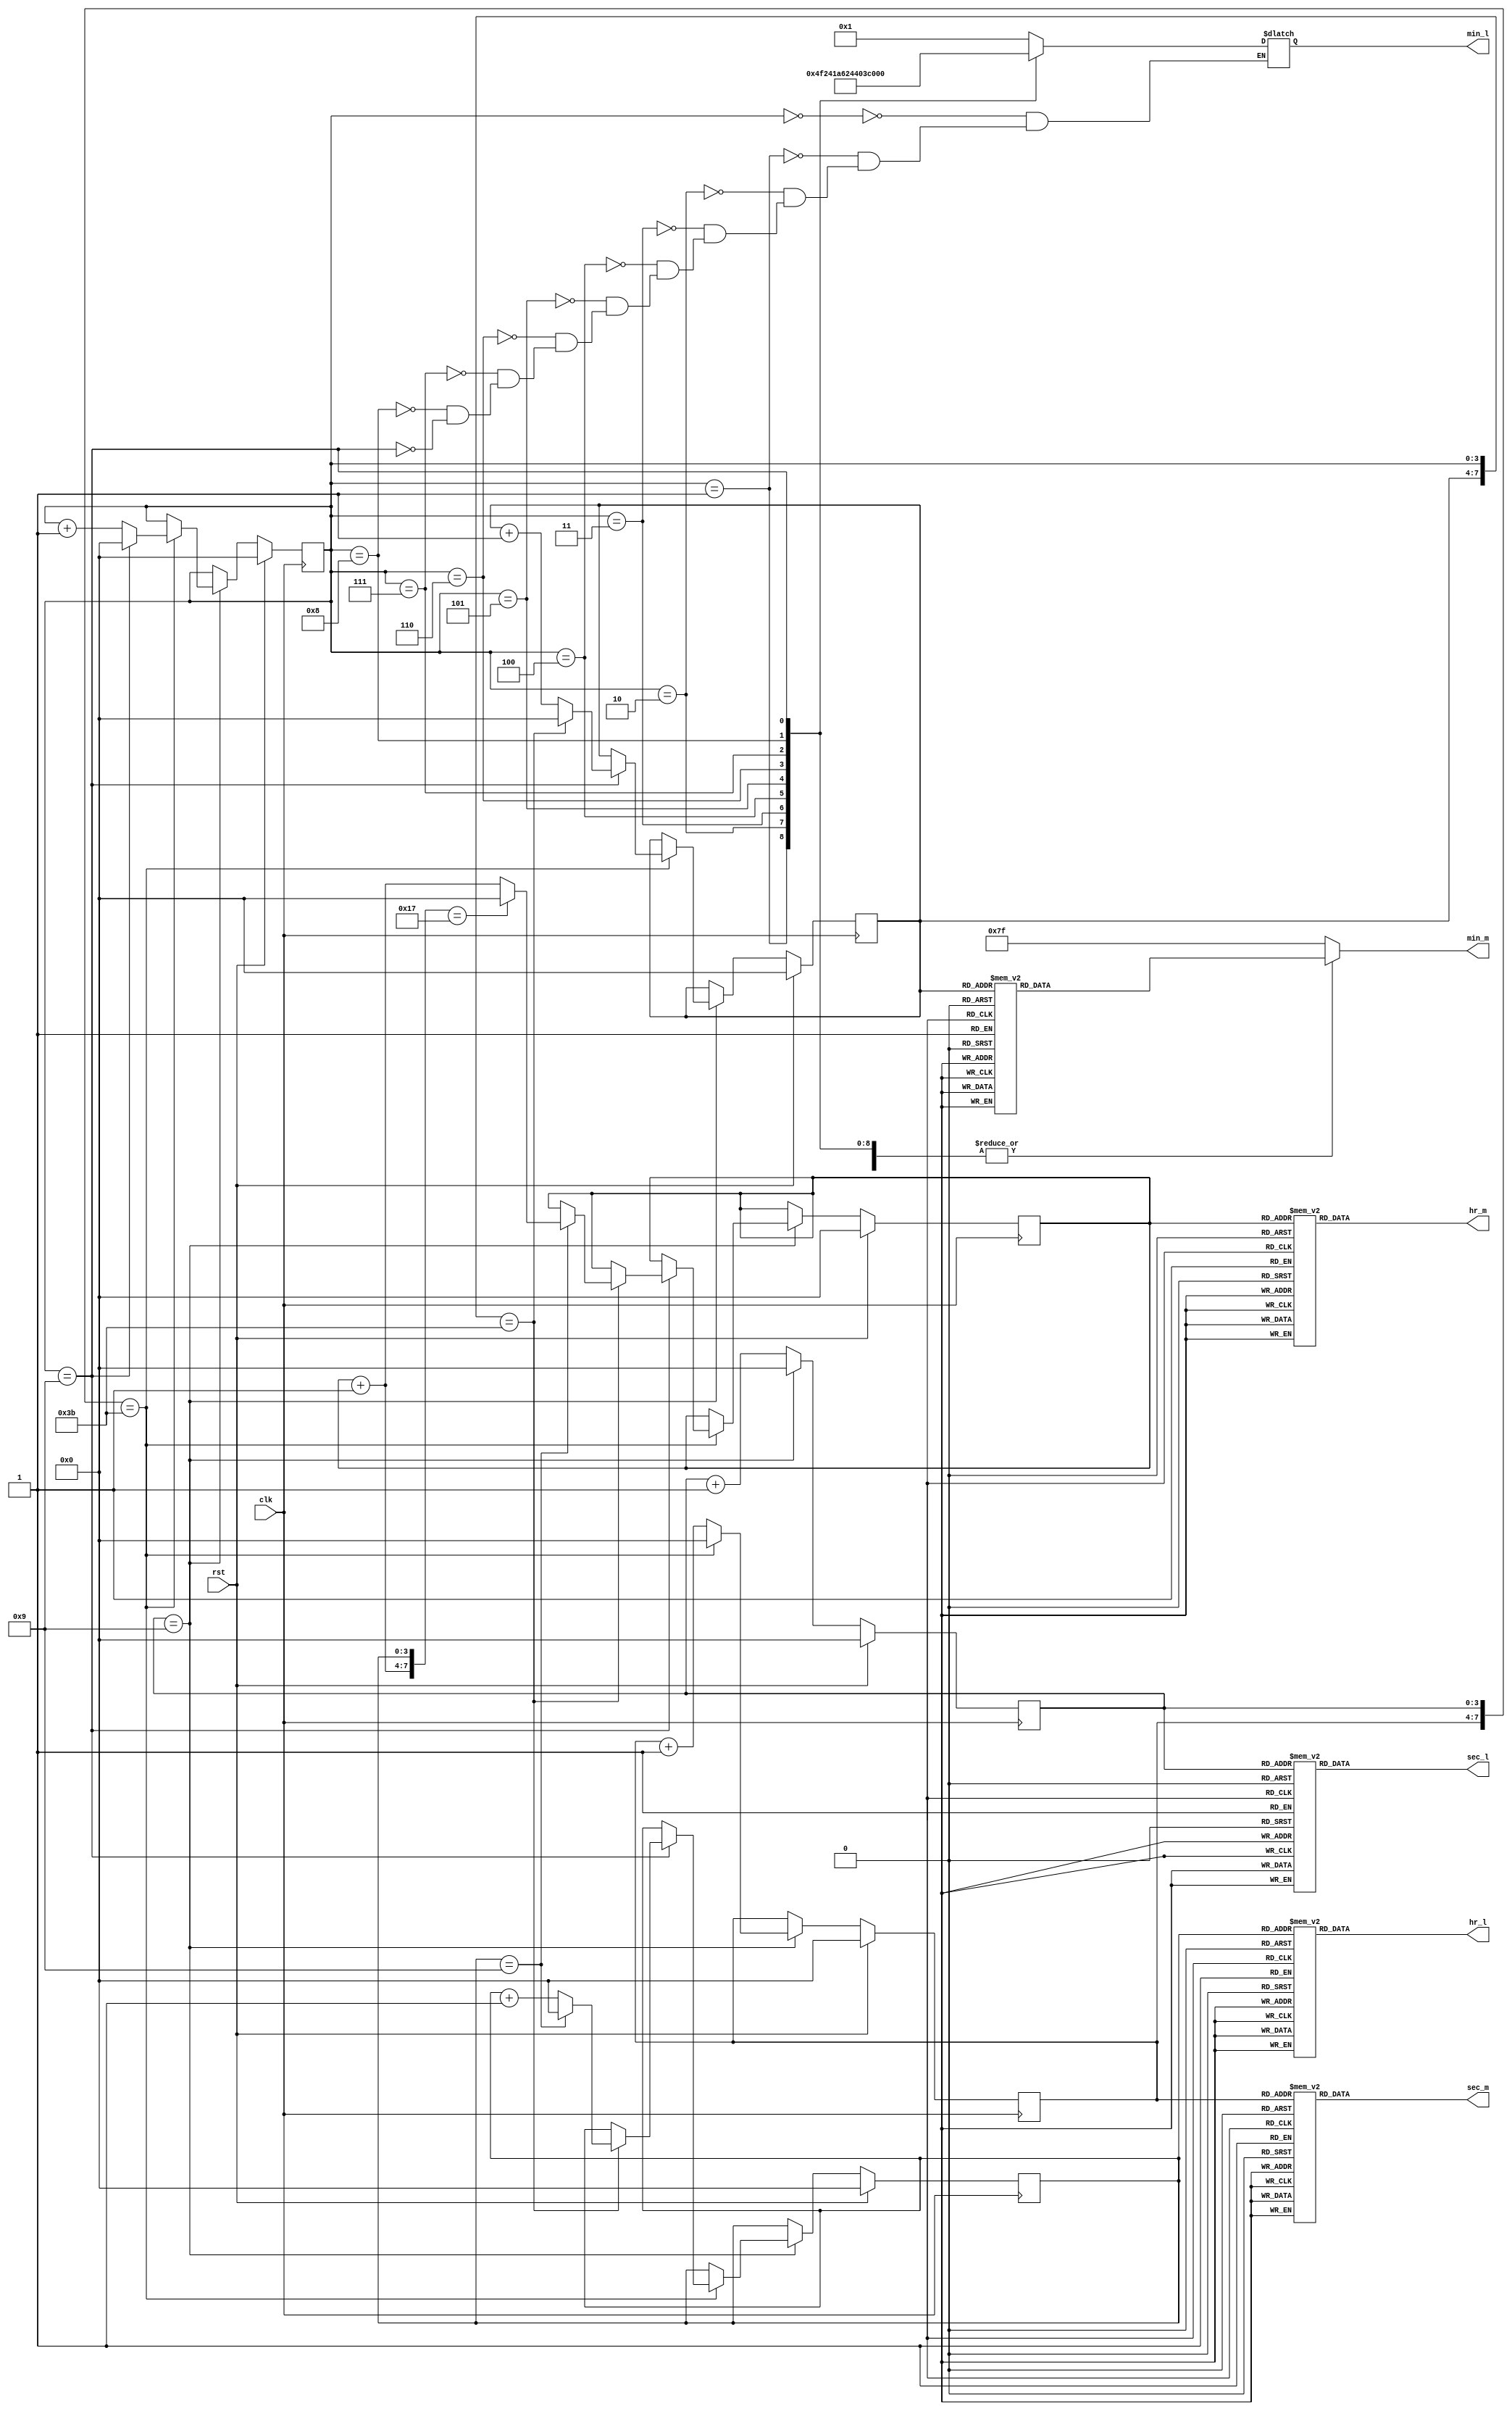
// Code your design here
module RTDC(input rst,clk,output reg [6:0] hr_m,hr_l,min_m,min_l,sec_m,sec_l);
reg[3:0]count1,count2,count3,count4,count5,count6;
always@(negedge clk)
begin
if(rst==1)
begin
count1<=0;
count2<=0;
count3<=0;
count4<=0;
count5<=0;
count6<=0;
end
else 
begin
count2<=count2+1;
if(count2==9)
begin
count2<=0;
count1<=count1+1;
if({count1,count2}==59)
begin
{count1,count2}<=0;
count4<=count4+1;
if(count4==9)
begin
count4<=0;
count3<=count3+1;
if({count3,count4}==59)
begin
{count3,count4}<=0;
count6<=count6+1;
if(count6==9)
begin
count6<=0;
count5=count5+1;
if({count5,count6}==23)
begin
{count5,count6}<=0;
end
end
end
end
end
end
end
end
always@(count1 or count2 or count3 or count4 or count5 or count6)
begin
case(count1)
0:sec_m=7'b0000001;
1:sec_m=7'b1001111;
2:sec_m=7'b0010010;
3:sec_m=7'b0000110;
4:sec_m=7'b1001100;
5:sec_m=7'b0100100;
6:sec_m=7'b0100000;
7:sec_m=7'b0001111;
8:sec_m=7'b0000000;
9:sec_m=7'b0000100;
default:sec_m=7'b1111111;
endcase
case(count2)
0:sec_l=7'b0000001;
1:sec_l=7'b1001111;
2:sec_l=7'b0010010;
3:sec_l=7'b0000110;
4:sec_l=7'b1001100;
5:sec_l=7'b0100100;
6:sec_l=7'b0100000;
7:sec_l=7'b0001111;
8:sec_l=7'b0000000;
9:sec_l=7'b0000100;
default:sec_l=7'b1111111;
endcase
case(count3)
0:min_m=7'b0000001;
1:min_m=7'b1001111;
2:min_m=7'b0010010;
3:min_m=7'b0000110;
4:min_m=7'b1001100;
5:min_m=7'b0100100;
6:min_m=7'b0100000;
7:min_m=7'b0001111;
8:min_m=7'b0000000;
9:min_m=7'b0000100;
default:min_m=7'b1111111;
endcase
case(count4)
0:min_l=7'b0000001;
1:min_l=7'b1001111;
2:min_l=7'b0010010;
3:min_l=7'b0000110;
4:min_l=7'b1001100;
5:min_l=7'b0100100;
6:min_l=7'b0100000;
7:min_l=7'b0001111;
8:min_l=7'b0000000;
9:min_l=7'b0000100;
default:min_m=7'b1111111;
endcase
case(count5)
0:hr_m=7'b0000001;
1:hr_m=7'b1001111;
2:hr_m=7'b0010010;
3:hr_m=7'b0000110;
4:hr_m=7'b1001100;
5:hr_m=7'b0100100;
6:hr_m=7'b0100000;
7:hr_m=7'b0001111;
8:hr_m=7'b0000000;
9:hr_m=7'b0000100;
default:hr_m=7'b1111111;
endcase
case(count6)
0:hr_l=7'b0000001;
1:hr_l=7'b1001111;
2:hr_l=7'b0010010;
3:hr_l=7'b0000110;
4:hr_l=7'b1001100;
5:hr_l=7'b0100100;
6:hr_l=7'b0100000;
7:hr_l=7'b0001111;
8:hr_l=7'b0000000;
9:hr_l=7'b0000100;
default:hr_l=7'b1111111;
endcase
end
endmodule